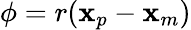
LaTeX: \phi=r(\mathbf{x}_{p}-\mathbf{x}_{m})